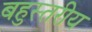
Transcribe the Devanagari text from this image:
बहुस्‍तरीय